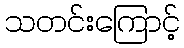
သတင်းကြောင့်